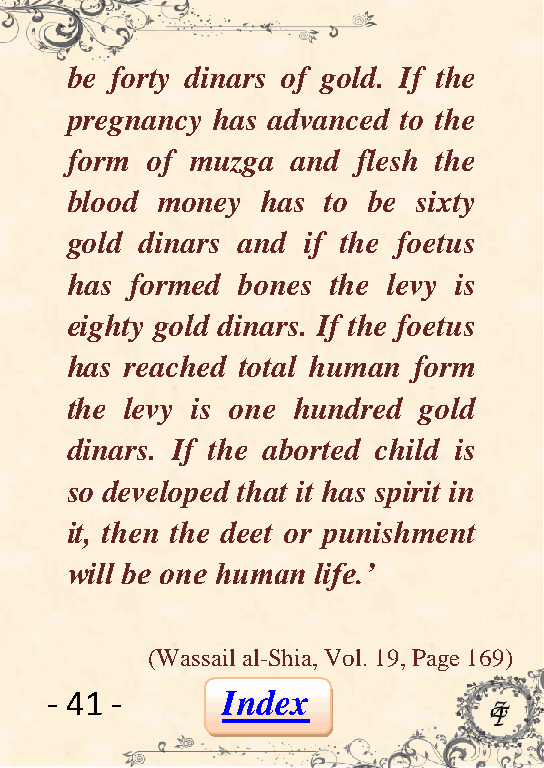
be forty dinars of gold. If the
 pregnancy has advanced to the
 form  of muzga and  flesh the
 blood money  has  to be sixty
 gold dinars and if the foetus
 has  formed bones the levy is
 eighty gold dinars. If the foetus
 has reached total human form
 the levy is one hundred gold
 dinars. If the aborted child is
 so developed that it has spirit in
 it, then the deet or punishment
 will be one human life.‟
 (Wassail al-Shia, Vol. 19, Page 169)
 - 41 -      Index